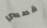
قصصي